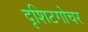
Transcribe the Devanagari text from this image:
दृशिटगोचर